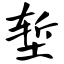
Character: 堑